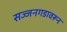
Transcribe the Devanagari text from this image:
सज्जनगडावरून